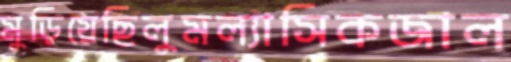
মুড়িয়েছিলুমল্যাসিকজাল